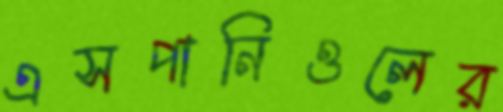
এসপানিওলের